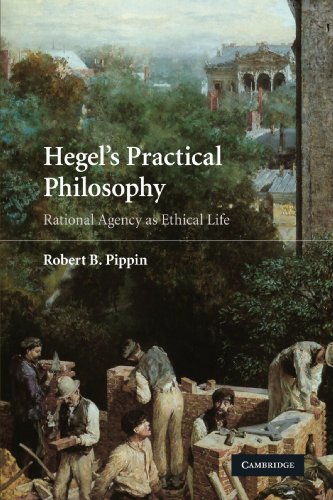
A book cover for Hegel's Practical Philosophy: Rational Agency as Ethical Life; Robert B. Pippin; Politics & Social Sciences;